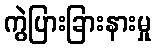
ကွဲပြားခြားနားမှု